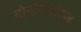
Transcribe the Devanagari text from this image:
मोनॉपोलीज